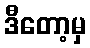
ဒီတော့မှ